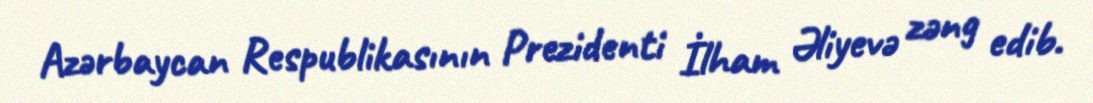
Azərbaycan Respublikasının Prezidenti İlham Əliyevə zəng edib.